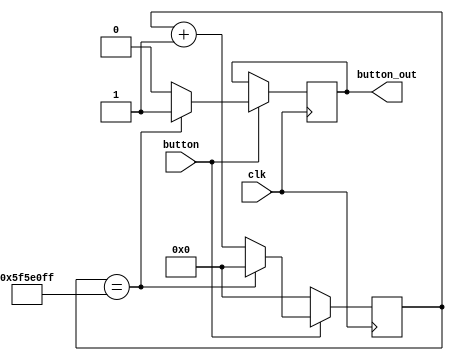
`timescale 1ns / 1ps
 
   module debounce(button, clk, button_out);
    input button, clk;
    output reg button_out;
    
    reg [26:0] counter = 27'd0;
    
    always@(posedge clk)
    begin
        if(button == 1'b1)
            begin
                if(counter == 27'd99_999_999)
                    begin
                        button_out <= 1'b1;
                        counter <= 27'd0;
                    end
                else
                    begin
                        button_out <= 1'b0;
                        counter <= counter+1'b1;
                    end
            end
        else
            begin
                counter <= 27'd0;
            end
    end
    
 endmodule